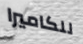
للكاميرا